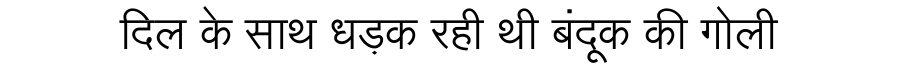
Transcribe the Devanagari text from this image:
दिल के साथ धड़क रही थी बंदूक की गोली